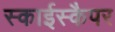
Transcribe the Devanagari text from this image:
स्काईस्कैपर